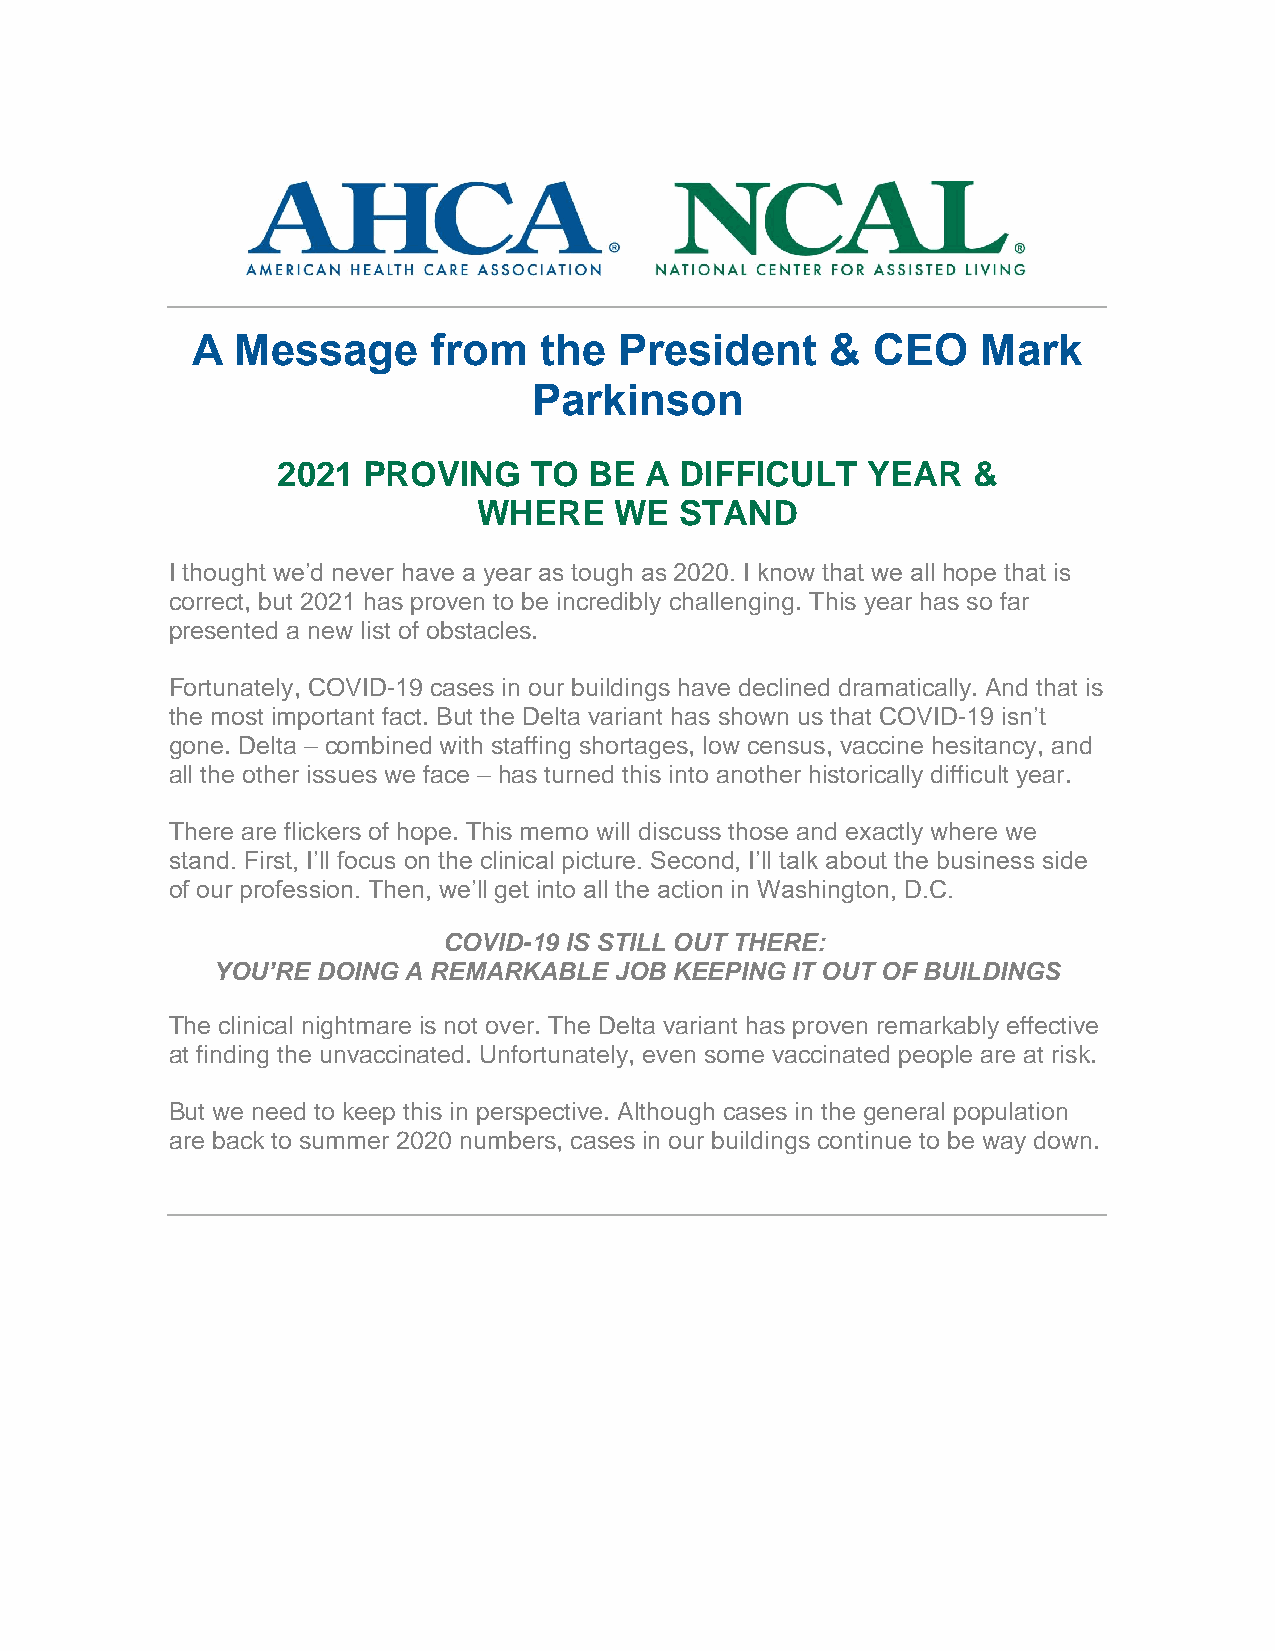
A  Message      from   the  President     &  CEO    Mark
 Parkinson
 2021  PROVING    TO  BE  A DIFFICULT   YEAR   &
 WHERE    WE  STAND
 I thought we’d never have a year as tough as 2020. I know that we all hope that is
 correct, but 2021 has proven to be incredibly challenging. This year has so far
 presented a new list of obstacles.
 Fortunately, COVID-19 cases in our buildings have declined dramatically. And that is
 the most important fact. But the Delta variant has shown us that COVID-19 isn’t
 gone. Delta – combined with staffing shortages, low census, vaccine hesitancy, and
 all the other issues we face – has turned this into another historically difficult year.
 There are flickers of hope. This memo will discuss those and exactly where we
 stand. First, I’ll focus on the clinical picture. Second, I’ll talk about the business side
 of our profession. Then, we’ll get into all the action in Washington, D.C.
 COVID-19 IS STILL OUT THERE:
 YOU’RE DOING A REMARKABLE  JOB KEEPING IT OUT OF BUILDINGS
 The clinical nightmare is not over. The Delta variant has proven remarkably effective
 at finding the unvaccinated. Unfortunately, even some vaccinated people are at risk.
 But we need to keep this in perspective. Although cases in the general population
 are back to summer 2020 numbers, cases in our buildings continue to be way down.